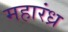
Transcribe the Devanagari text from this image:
महारंध्र